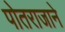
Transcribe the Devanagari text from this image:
पोतराजाने